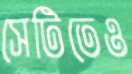
সেটিতেও